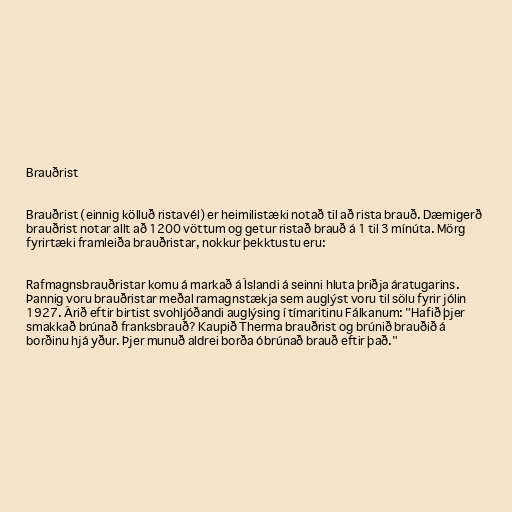
Brauðrist

Brauðrist (einnig kölluð ristavél) er heimilistæki notað til að rista brauð. Dæmigerð
brauðrist notar allt að 1200 vöttum og getur ristað brauð á 1 til 3 mínúta. Mörg
fyrirtæki framleiða brauðristar, nokkur þekktustu eru:

Rafmagnsbrauðristar komu á markað á Íslandi á seinni hluta þriðja áratugarins.
Þannig voru brauðristar meðal ramagnstækja sem auglýst voru til sölu fyrir jólin
1927. Árið eftir birtist svohljóðandi auglýsing í tímaritinu Fálkanum: "Hafið þjer
smakkað brúnað franksbrauð? Kaupið Therma brauðrist og brúnið brauðið á
borðinu hjá yður. Þjer munuð aldrei borða óbrúnað brauð eftir það."